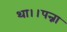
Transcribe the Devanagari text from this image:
था।।पन्ना